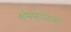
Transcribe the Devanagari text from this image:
थेमिस्टोकल्स